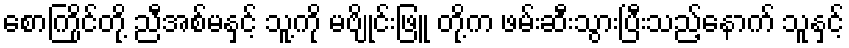
စောကြိုင်တို့ ညီအစ်မနှင့် သူ့ကို မဗျိုင်းဖြူ တို့က ဖမ်းဆီးသွားပြီးသည့်နောက် သူနှင့်